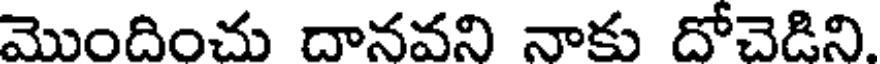
మొందించు దానవని నాకు దోచెడిని,